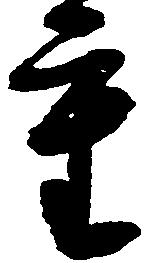
重